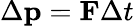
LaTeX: \Delta\mathbf{p}=\mathbf{F}\Delta t